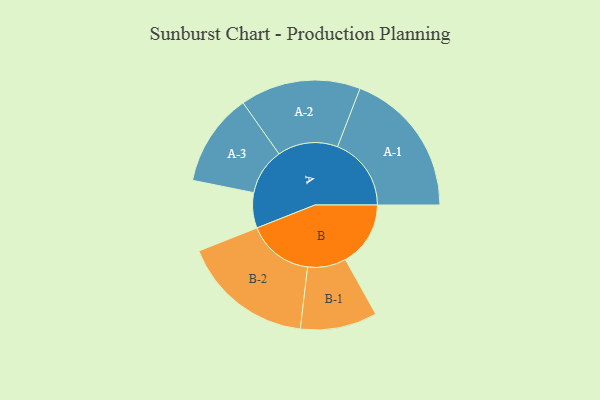
{"axis": {"x": "Segment", "y": "Value"}, "legend": ["", "A", "B"], "data": [{"x": "A", "y": 123, "type": ""}, {"x": "B", "y": 227, "type": ""}, {"x": "A-1", "y": 257, "type": "A"}, {"x": "A-2", "y": 210, "type": "A"}, {"x": "A-3", "y": 162, "type": "A"}, {"x": "B-1", "y": 134, "type": "B"}, {"x": "B-2", "y": 230, "type": "B"}]}